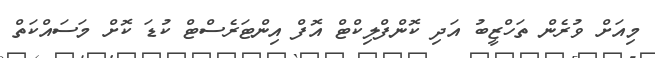
މިއަށް ވުރެން ތަހްޒީބު އަދި ކޮންފްލިކްޓް އޮފް އިންޓަރެސްޓް ކުޑަ ކޮށް މަސައްކަތް